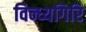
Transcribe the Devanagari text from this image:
विन्ध्यगिरि